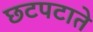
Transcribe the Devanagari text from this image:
छटपटाते